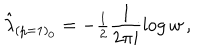
\hat { \lambda } _ { ( p = 1 ) _ { 0 } } = - { \textstyle \frac { 1 } { 2 } } \frac { 1 } { 2 \pi i } \log { w } \, ,